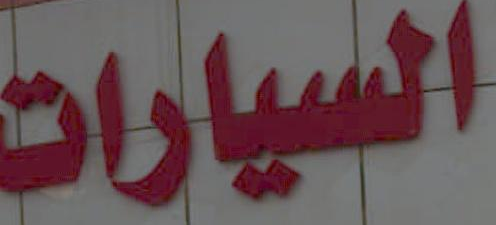
السيارات